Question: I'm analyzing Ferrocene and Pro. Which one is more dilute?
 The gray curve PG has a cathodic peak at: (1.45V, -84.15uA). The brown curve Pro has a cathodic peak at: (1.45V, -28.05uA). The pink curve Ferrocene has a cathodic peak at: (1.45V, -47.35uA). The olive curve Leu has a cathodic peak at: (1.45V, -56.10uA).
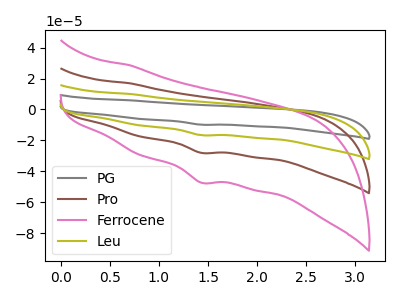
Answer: <think>All the peaks in "Ferrocene" have a peak in "Pro" at the same potential. Every peak in "Ferrocene" is higher than every peak in "Pro".
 </think>
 <answer>"Ferrocene" has more signal than "Pro" and so likely has a higher concentration.</answer>
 <eval>more_concentration</eval>